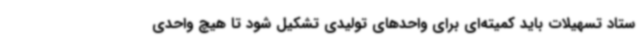
ستاد تسهیلات باید کمیته‌ای برای واحدهای تولیدی تشکیل شود تا هیچ واحدی